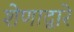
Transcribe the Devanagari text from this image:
शेणाद्वारे